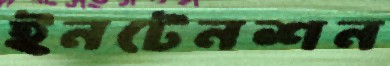
ইনটেনশন